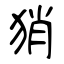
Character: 𤞚